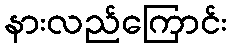
နားလည်ကြောင်း